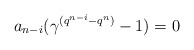
\begin{align*} a_{n-i}(\gamma^{(q^{n-i}-q^n)}-1)=0 \end{align*}